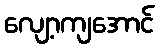
လျော့ကျအောင်